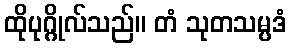
ထိုပုဂ္ဂိုလ်သည်။ တံ သုတသမ္ပဒံ